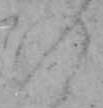
の